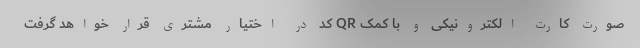
صورت کارت الکترونیکی و با کمک QR کد در اختیار مشتری قرار خواهد گرفت